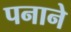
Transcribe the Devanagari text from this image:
पनाने